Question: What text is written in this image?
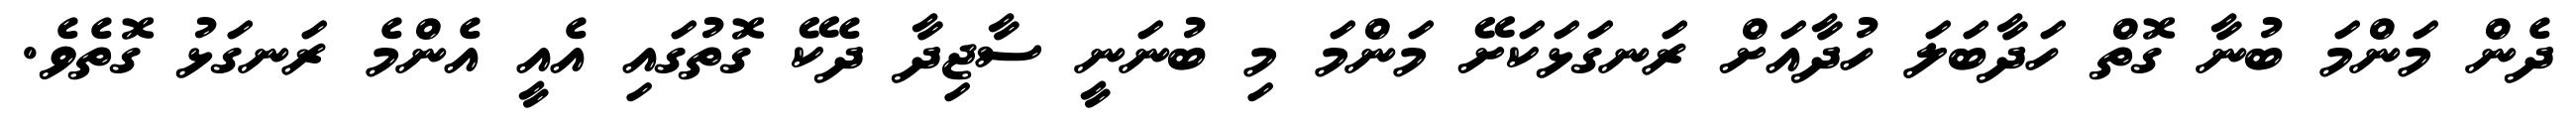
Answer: ދެން މަންމަ ބުނާ ގޮތް ހަދާބަލަ ހުދާއަށް ރަނގަޅަކަށޭ މަންމަ މި ބުނަނީ ސާޖިދާ ދެކޭ ގޮތުގައި އެއީ އެންމެ ރަނގަޅު ގޮތެވެ.